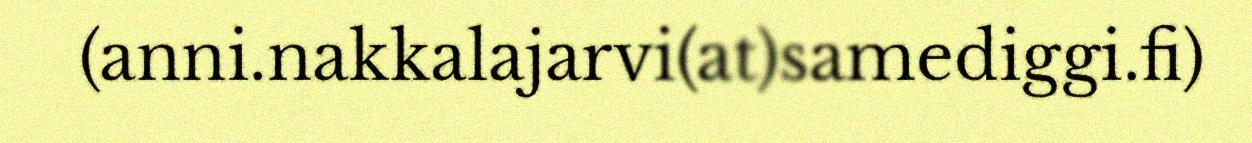
(anni.nakkalajarvi(at)samediggi.fi)